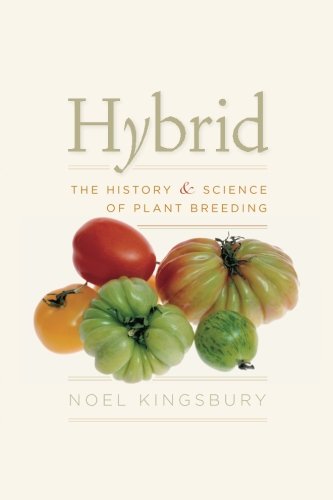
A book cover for Hybrid: The History and Science of Plant Breeding; Noel Kingsbury; Science & Math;